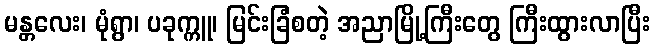
မန္တလေး၊ မုံရွာ၊ ပခုက္ကူ၊ မြင်းခြံစတဲ့ အညာမြို့ကြီးတွေ ကြီးထွားလာပြီး